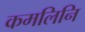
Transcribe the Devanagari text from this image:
कमलिनि